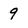
Character: 9